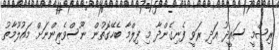
ރިޝްމީ ސައީދު އަދި ރަވީ ފެނިގެންދާ މި ފިލްމާ ބެހޭގޮތުން ނޫސްވެރިންނަށް މައުލޫމާތު